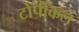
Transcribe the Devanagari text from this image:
टोपीकल